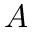
A